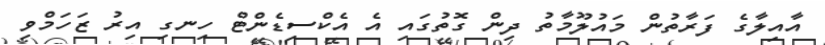
އާއިލާގެ ފަރާތުން މައުލޫމާތު ދިން ގޮތުގައި އެ އެކްސިޑެންޓް ހިނގި އިރު ޒަހަމްވި